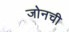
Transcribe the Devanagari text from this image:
जोनची